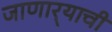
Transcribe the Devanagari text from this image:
जाणार्‍याची